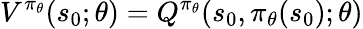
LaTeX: V^{\pi_{\theta}}(s_{0};\theta)=Q^{\pi_{\theta}}(s_{0},\pi_{\theta}(s_{0});\theta)